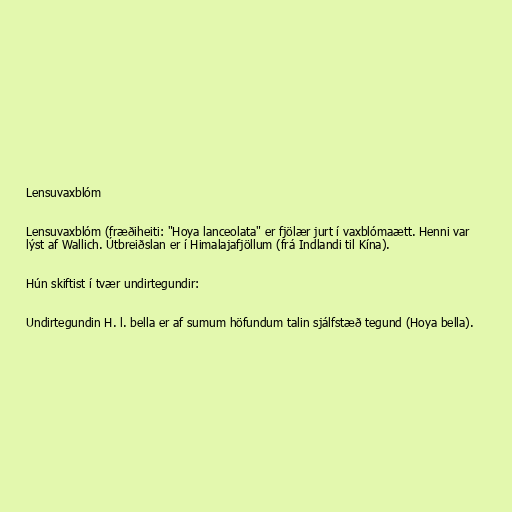
Lensuvaxblóm

Lensuvaxblóm (fræðiheiti: "Hoya lanceolata" er fjölær jurt í vaxblómaætt. Henni var
lýst af Wallich. Útbreiðslan er í Himalajafjöllum (frá Indlandi til Kína).

Hún skiftist í tvær undirtegundir:

Undirtegundin H. l. bella er af sumum höfundum talin sjálfstæð tegund (Hoya bella).